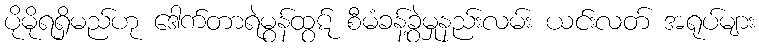
ပိုမိုရရှိမည်ဟု ဒေါက်တာရဲမွန်ထွဋ် စီမံခန့်ခွဲမှုနည်းလမ်း ယင်းလတ် အရုပ်များ